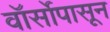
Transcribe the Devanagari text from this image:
वॉर्सोपासून